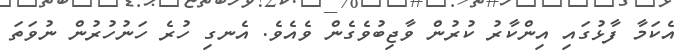
އެކަމާ ފާޅުގައި އިންކާރު ކުރުން ވާޖިބުވެގެން ވެއެވެ. އެނގި ހުރެ ހަނުހުރުން ނުވަތަ